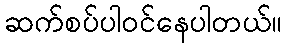
ဆက်စပ်ပါဝင်နေပါတယ်။